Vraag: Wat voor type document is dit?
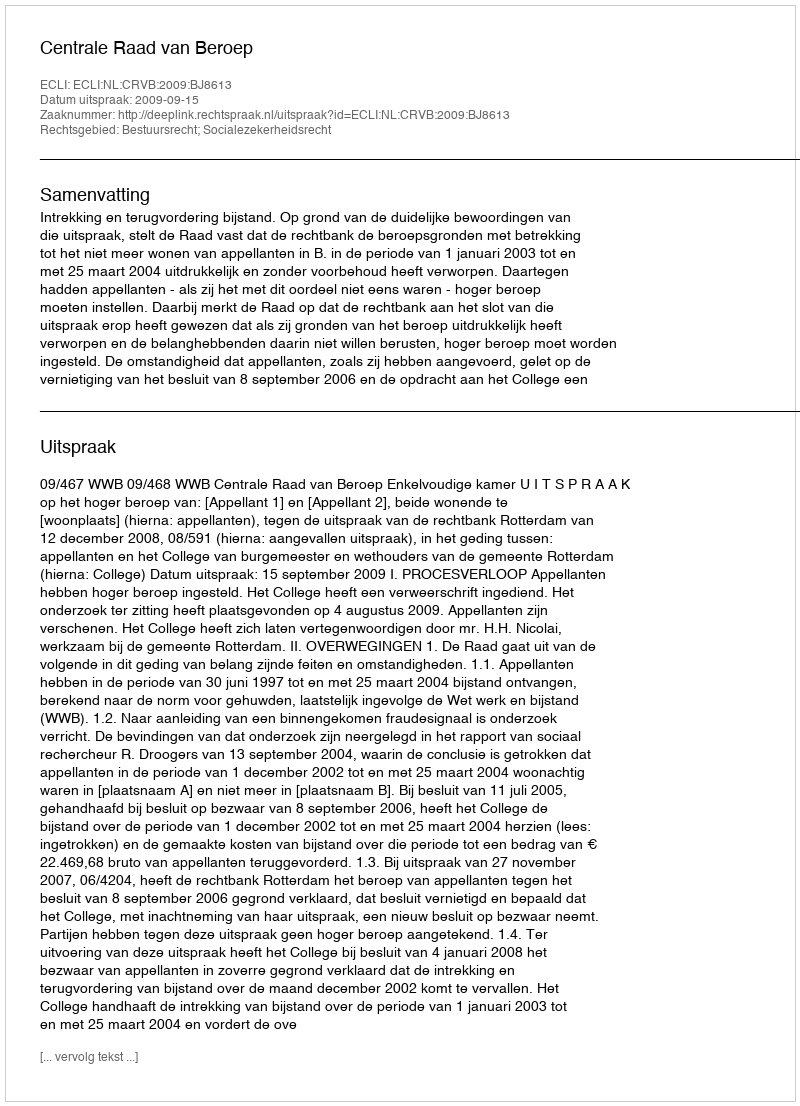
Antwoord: Uitspraak